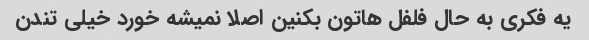
یه فکری به حال فلفل هاتون بکنین اصلا نمیشه خورد خیلی تندن